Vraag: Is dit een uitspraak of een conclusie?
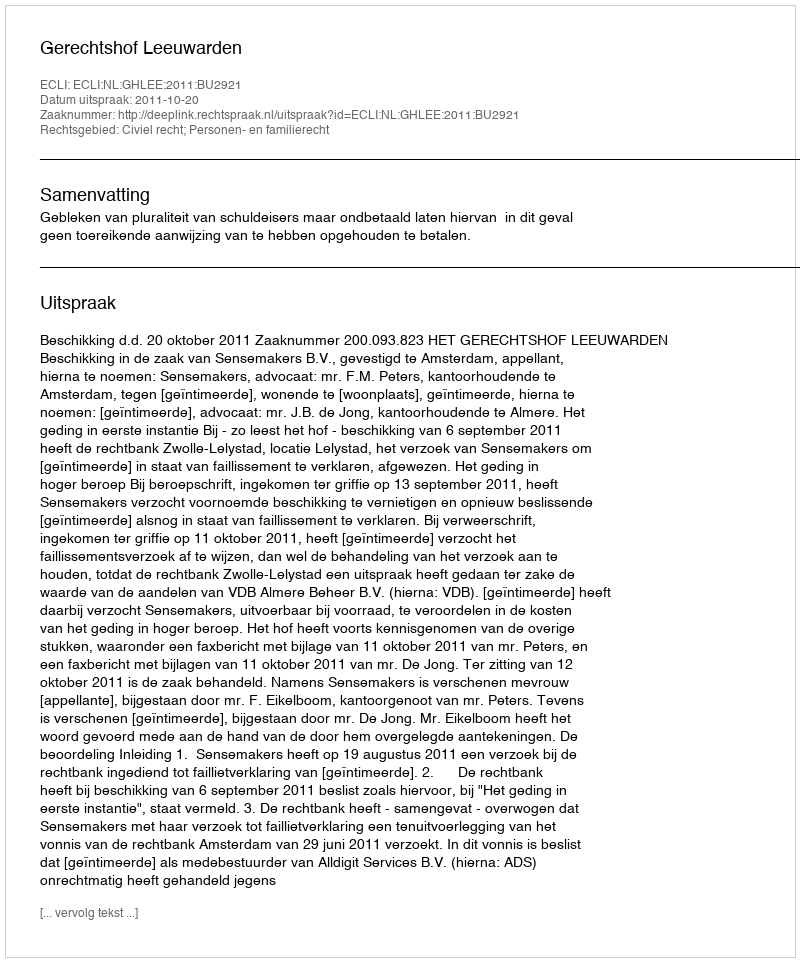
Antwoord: Uitspraak